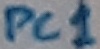
Text: PC1